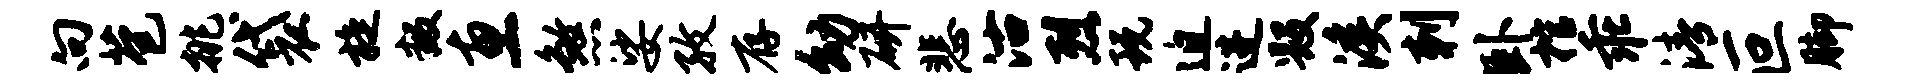
向苞挑袋旋叛惠煞娑孜存幼研悲沽烈玩迫进毁溪刺卧棺乖清叵脚